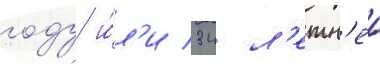
году и́л'и 34 л'етн'еи